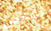
لشخص